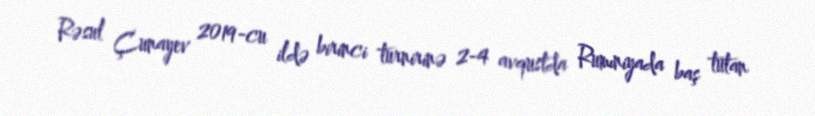
Rəsul Çunayev 2019-cu ildə birinci turnirinə 2-4 avqustda Rumıniyada baş tutan